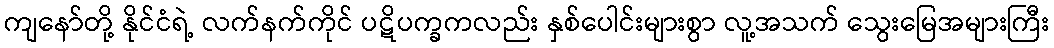
ကျနော်တို့ နိုင်ငံရဲ့ လက်နက်ကိုင် ပဋိပက္ခကလည်း နှစ်ပေါင်းများစွာ လူ့အသက် သွေးမြေအများကြီး